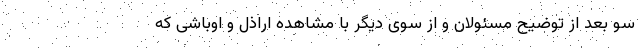
سو بعد از توضیح مسئولان و از سوی دیگر با مشاهده اراذل و اوباشی که